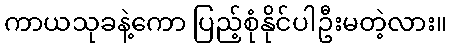
ကာယသုခနဲ့ကော ပြည့်စုံနိုင်ပါဦးမတဲ့လား။